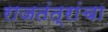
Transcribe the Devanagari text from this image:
राजतंत्रांचा